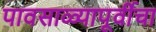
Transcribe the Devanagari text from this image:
पावसाळ्यापूर्वीचा